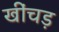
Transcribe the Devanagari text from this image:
खींचड़